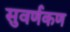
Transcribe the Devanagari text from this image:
सुवर्णकण